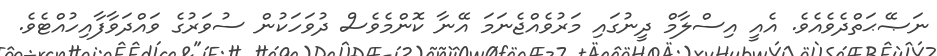
ނަޞޭޙަތްދެވެއެވެ. އެއީ އިސްލާމް ދީނުގައި މަރުވެއްޖެނަމަ އޭނާ ކޮންމެވެސް ދުވަހަކުން ސުވަރުގެ ވައްދަވާފާއިހުއްޓެވެ.